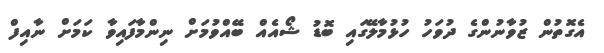
އެގޮތުން ޒުވާނުންގެ ދުވަހު ހުޅުމާލޭގައި ބޮޑު ޝޯއެއް ބޭއްވުމަށް ނިންމާފައިވާ ކަމަށް ނާއިފް